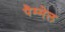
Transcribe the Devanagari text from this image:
पैम्मेल